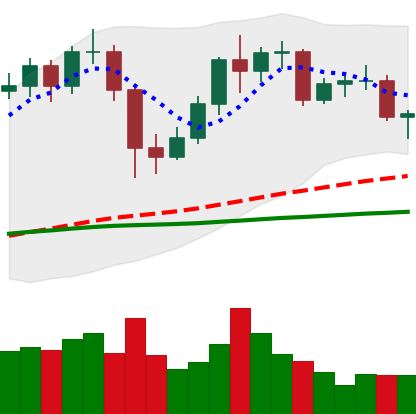
Ticker: LTC-USD
Chart end date: 2020-12-09
Forward return: 6.397%
Label: up_5_7